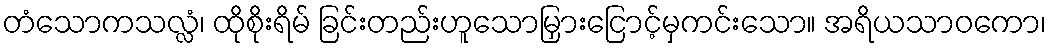
တံသောကသလ္လံ၊ ထိုစိုးရိမ် ခြင်းတည်းဟူသောမြှားငြောင့်မှကင်းသော။ အရိယသာဝကော၊